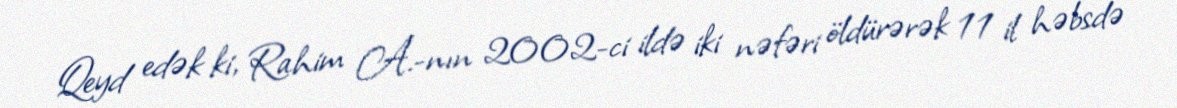
Qeyd edək ki, Rahim A.-nın 2002-ci ildə iki nəfəri öldürərək 11 il həbsdə